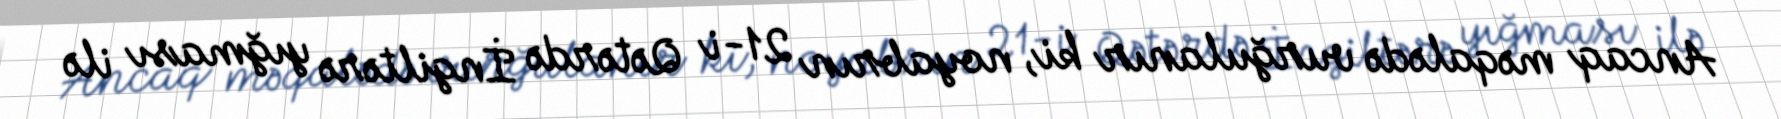
Ancaq məqalədə vurğulanır ki, noyabrın 21-i Qətərdə İngiltərə yığması ilə